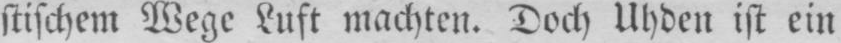
stischem Wege Luft machten. Doch Uhden ist ein